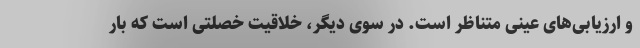
و ارزیابی‌های عینی متناظر است. در سوی دیگر، خلاقیت خصلتی است که بار